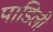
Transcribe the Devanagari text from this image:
पाडिली